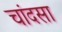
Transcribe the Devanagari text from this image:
चांदसा